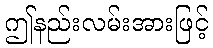
ဤနည်းလမ်းအားဖြင့်